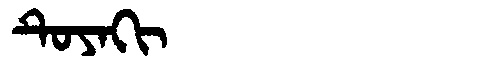
Manchu: ᡨᡠᠶᠠᡴᡳ
Romanization: TUYAKI